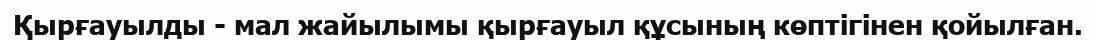
Қырғауылды - мал жайылымы қырғауыл құсының көптігінен қойылған.